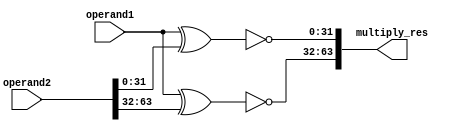

module Mult
#(parameter 
weight_levels = 2,
simd_width = 32
)
(
  input [simd_width-1:0] operand1,
  input [(weight_levels*simd_width)-1:0] operand2,
  output [(weight_levels*simd_width)-1:0] multiply_res  
);
 

 
genvar w;
 
generate
	for (w=0; w < weight_levels; w = w+1) begin : xnor_res
		
		assign multiply_res[((w+1)*simd_width)-1:w*simd_width] = ~(operand1^operand2[((w+1)*simd_width)-1:w*simd_width]);

	end
endgenerate

endmodule